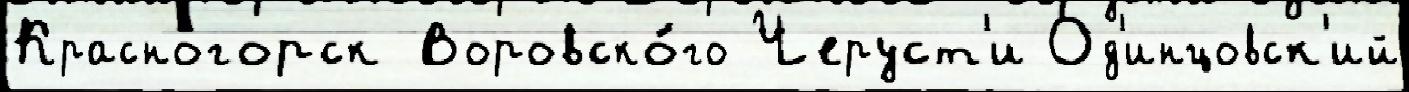
Красногорск Воровско́го Черуст'и Од'инцовск'ий